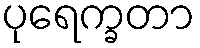
ပုရေက္ခတာ